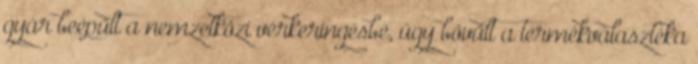
gyár beépült a nemzetközi vérkeringésbe, úgy bővült a termékválasztéka